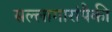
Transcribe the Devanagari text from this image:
सल्लागारांपैकी